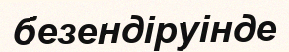
безендіруінде